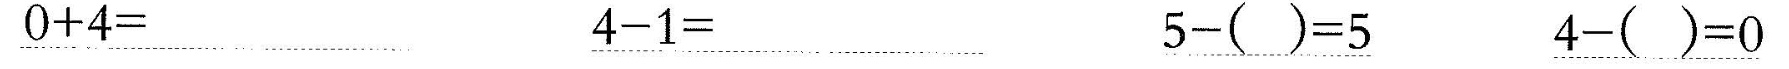
\underline{$$0 + 4 =$$} \underline{$$4 - 1 =$$} \underline{$$5 - ( ) = 5$$} \underline{$$4 - ( ) = 0$$}